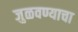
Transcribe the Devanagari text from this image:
जुळवण्याचा